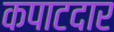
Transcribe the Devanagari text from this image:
कपाटदार